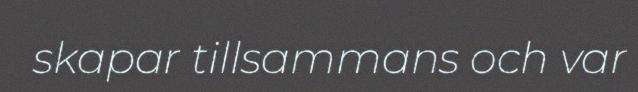
skapar tillsammans och var